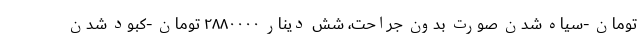
تومان -سیاه شدن صورت بدون جراحت، شش دینار ۲۸۸۰۰۰۰ تومان -کبود شدن